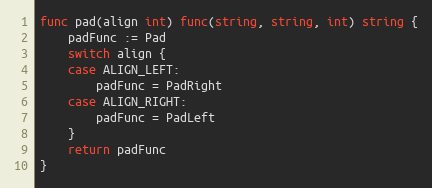
Language: Go
func pad(align int) func(string, string, int) string {
	padFunc := Pad
	switch align {
	case ALIGN_LEFT:
		padFunc = PadRight
	case ALIGN_RIGHT:
		padFunc = PadLeft
	}
	return padFunc
}